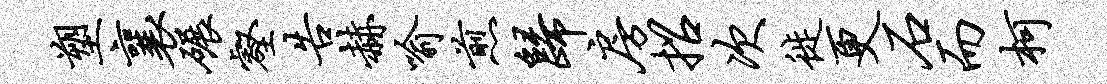
塑襄碾壑告赫喻煎归房招次徙更石而柯